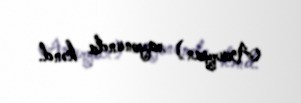
Axuryan) rayonunda kənd.